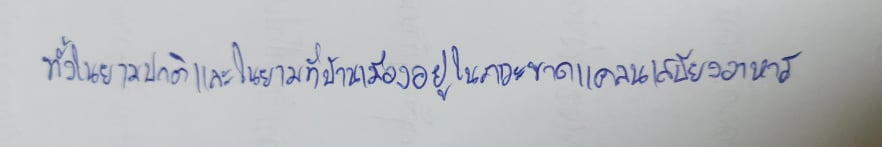
ทั้งในยามปกติและในยามที่บ้านเมืองอยู่ในภาวะขาดแคลนเสบียงอาหาร